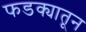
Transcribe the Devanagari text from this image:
फडक्यातून